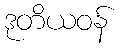
ဒုတိယဝန်